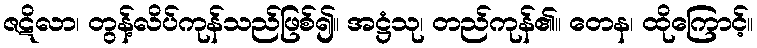
ဇဋိလာ၊ တွန့်လိပ်ကုန်သည်ဖြစ်၍။ အဋ္ဌံသု၊ တည်ကုန်၏။ တေန၊ ထိုကြောင့်။